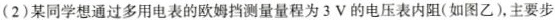
(2)某同学想通过多用电表的欧姆挡测量量程为3V的电压表内阻(如图乙)，主要步